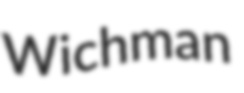
Wichman